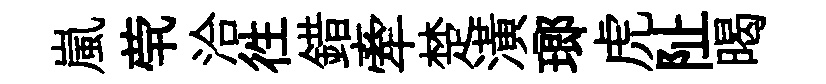
嵐茕洽徃錯牽楚潢瑯虎阯暍